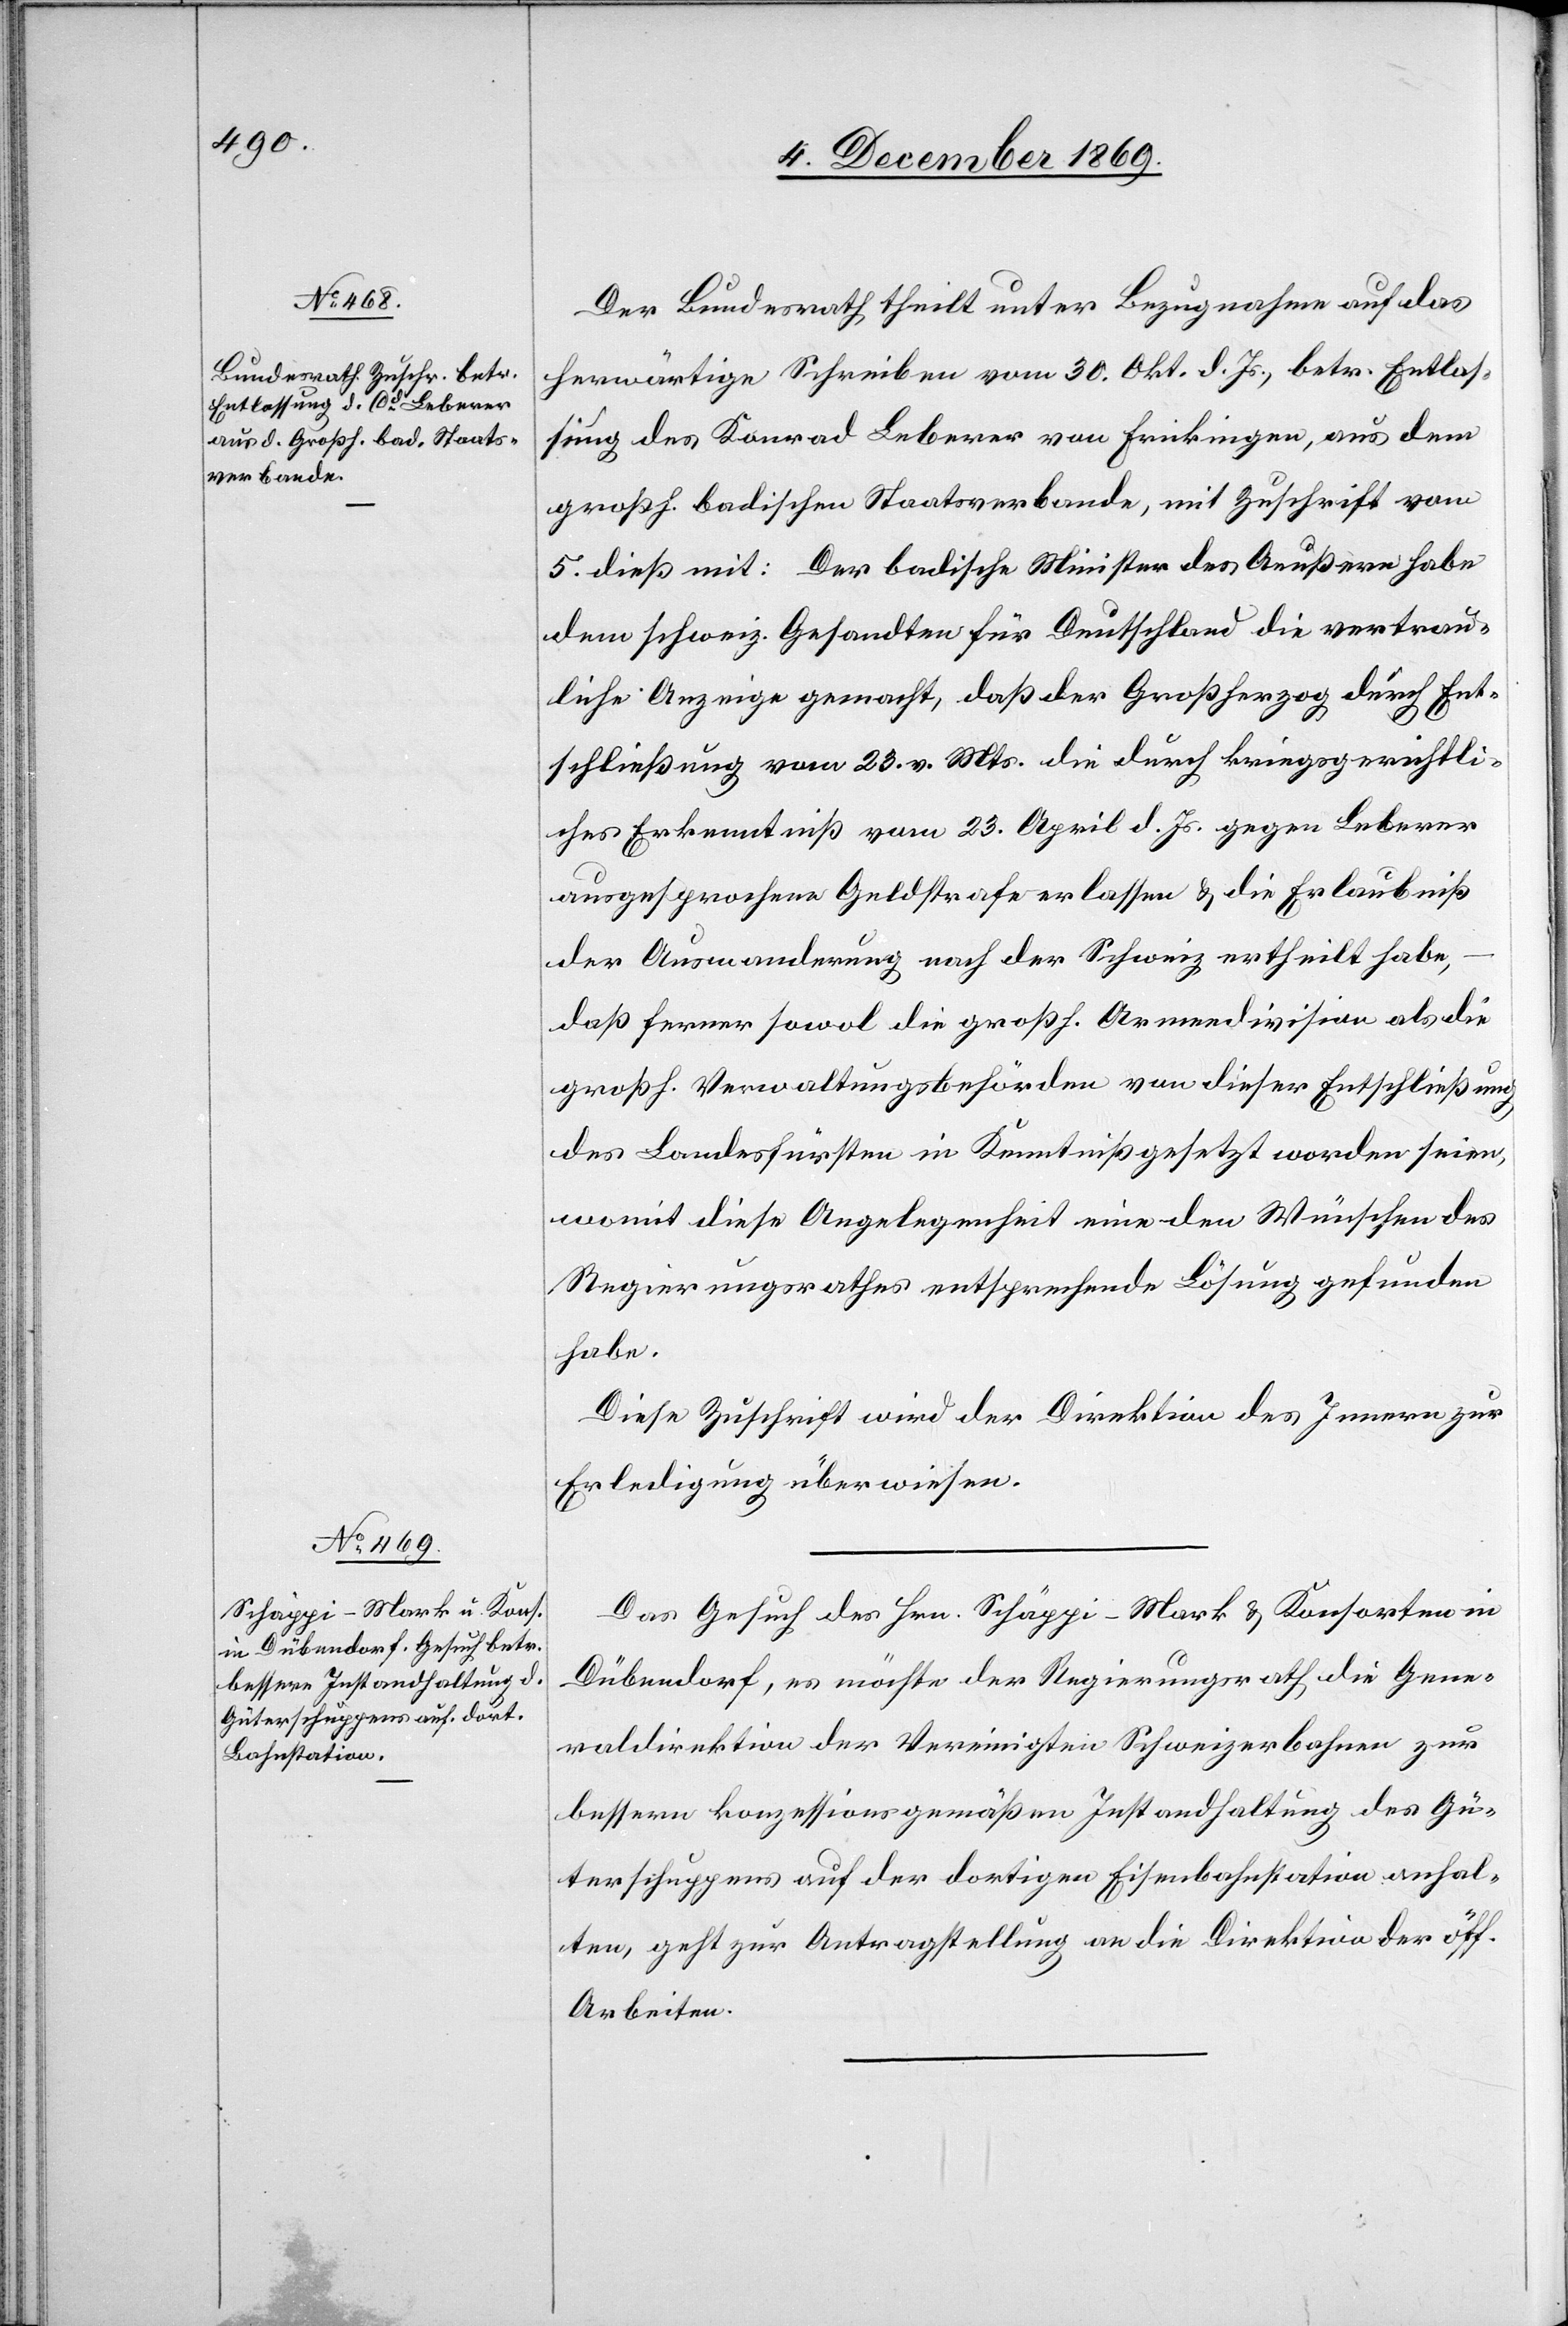
10. December 1869.]
Der Bundesrath theilt unter Bezugnahme auf das
herwärtige Schreiben vom 30. Okt. d. Js., betr. Entlas¬
sung des Konrad Leberer von Frickingen, aus dem
großh. badischen Staatsverbande, mit Zuschrift vom
5. dieß mit: Der badische Minister des Aeußern habe
dem schweiz. Gesandten für Deutschland die vertrau¬
liche Anzeige gemacht, daß der Großherzog durch Ent¬
schließung vom 23. v. Mts. die durch kriegsgerichtli¬
ches Erkenntniß vom 23. April l. Js. gegen Leberer
ausgesprochene Geldstrafe erlassen & die Erlaubniß
der Auswanderung nach der Schweiz ertheilt habe,
daß ferner sowol die großh. Armendivision als die
großh. Verwaltungsbehörden von dieser Entschließung
des Landesfürsten in Kenntniß gesetzt worden seien,
womit diese Angelegenheit eine den Wünschen des
Regierungsrathes entsprechende Lösung gefunden
habe.
Diese Zuschrift wird der Direktion des Innern zur
Erledigung überwiesen.
Das Gesuch des Hrn. Schäppi-Mark & Konsorten in
Dübendorf, es möchte der Regierungsrath die Gene¬
raldirektion der Vereinigten Schweizerbahnen zur
bessern konzessionsgemäßen Instandhaltung des Gü¬
terschuppens auf der dortigen Eisenbahnstation anhal¬
ten, geht zur Antragstellung an die Direktion der öff.
Arbeiten.